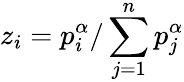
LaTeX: z_{i}=p_{i}^{\alpha}/\sum_{j=1}^{n}p_{j}^{\alpha}